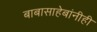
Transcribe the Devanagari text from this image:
बाबासाहेबांनीही